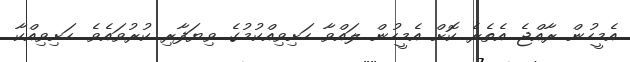
އެމީހުން ރާއްޖެ އެތެރެ ކޮށް އެމީހުން ލައްވާ ހަށިވިއްކުމުގެ ވިޔަފާރި ކުރުވައެވެ. ހަށިވިއްކާ